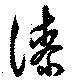
漆